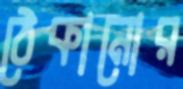
ঠেকানোর